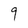
Character: 9